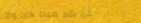
نحن نقدم خدمات الأمن والح